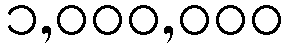
၁,၀၀၀,၀၀၀